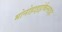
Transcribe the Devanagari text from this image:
मोनोहाइड्रोकैल्साइट